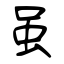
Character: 虽